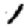
Digit: 1